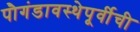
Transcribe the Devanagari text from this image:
पौगंडावस्थेपूर्वीची